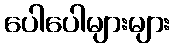
ပေါပေါများများ